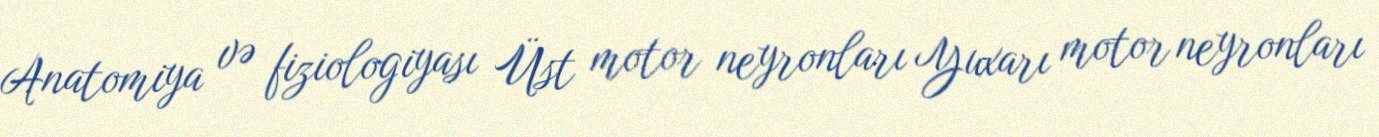
Anatomiya və fiziologiyası Üst motor neyronları Yuxarı motor neyronları